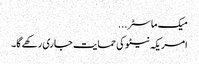
میک ماسٹر ...
امریکہ نیٹو کی حمایت جاری رکھے گا۔